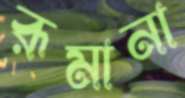
রূমানা